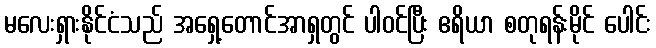
မလေးရှားနိုင်ငံသည် အရှေ့တောင်အာရှတွင် ပါဝင်ပြီး ဧရိယာ စတုရန်းမိုင် ပေါင်း